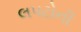
લપટોની